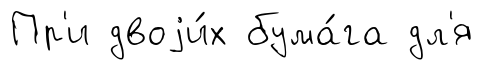
Пр'и двоjи́х бума́га дл'я